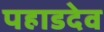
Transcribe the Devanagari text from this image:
पहाडदेव